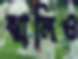
ঝালিও